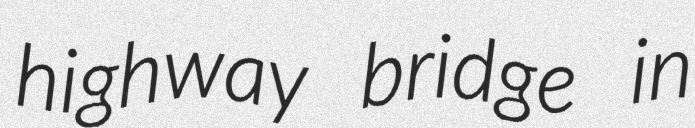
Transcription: highway bridge in